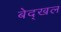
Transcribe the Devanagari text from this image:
बेद्खल